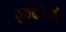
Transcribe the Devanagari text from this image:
युवकोंको